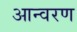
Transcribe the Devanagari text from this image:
आन्वरण